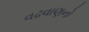
વઢવાણનો